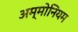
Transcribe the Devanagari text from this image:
अम्मोनियम